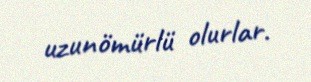
uzunömürlü olurlar.